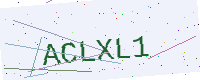
Text: ACLXL1